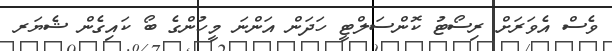
ވެސް އެވަރަށް ރިސޯޓު ކޮންސަލްޓީ ހަދަން އަންނަ މީހުންގެ ބޯ ކައިގެން ޝެޔަރ